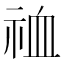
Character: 𫀉